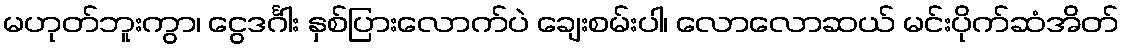
မဟုတ်ဘူးကွာ၊ ငွေဒင်္ဂါး နှစ်ပြားလောက်ပဲ ချေးစမ်းပါ၊ လောလောဆယ် မင်းပိုက်ဆံအိတ်